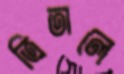
ত্রিতালে